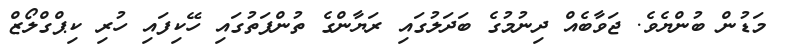
މަޑުން ބުންޔެވެ. ޖަވާބެއް ދިނުމުގެ ބަދަލުގައި ރަޔާންގެ ތުންފަތުގައި ހޭކިފައި ހުރި ކިޕްގްލޯޒް